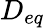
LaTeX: D_{eq}